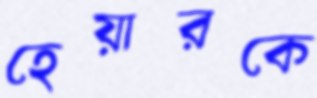
হেয়ারকে